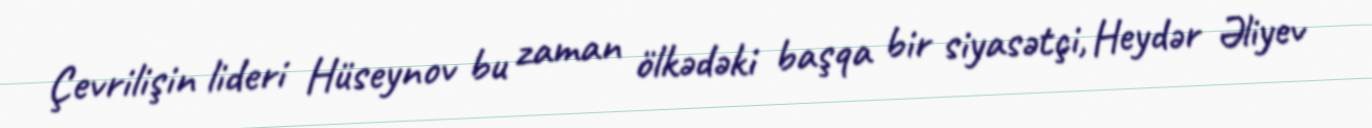
Çevrilişin lideri Hüseynov bu zaman ölkədəki başqa bir siyasətçi, Heydər Əliyev